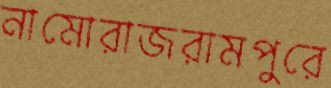
নামোরাজরামপুরে